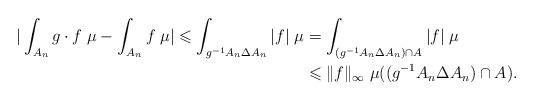
LaTeX: \begin{align*}|\int_{A_n}g\cdot f\;\mu-\int_{A_n}f\;\mu|\leqslant\int_{g^{-1}A_n\Delta A_n}|f|\;\mu&=\int_{(g^{-1}A_n\Delta A_n)\cap A}|f|\;\mu\\&\leqslant\|f\|_{\infty}\;\mu((g^{-1}A_n\Delta A_n)\cap A).\end{align*}